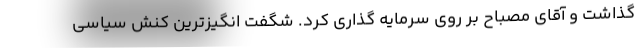
گذاشت و آقای مصباح بر روی سرمایه گذاری کرد. شگفت انگیزترین کنش سیاسی